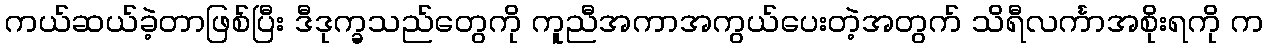
ကယ်ဆယ်ခဲ့တာဖြစ်ပြီး ဒီဒုက္ခသည်တွေကို ကူညီအကာအကွယ်ပေးတဲ့အတွက် သိရီလင်္ကာအစိုးရကို က